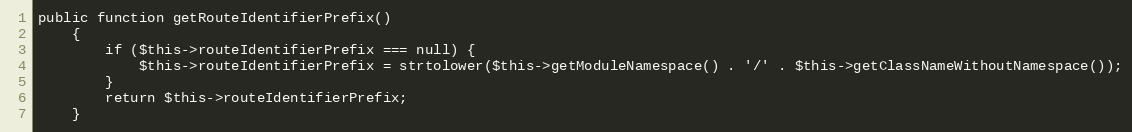
Language: PHP
public function getRouteIdentifierPrefix()
    {
        if ($this->routeIdentifierPrefix === null) {
            $this->routeIdentifierPrefix = strtolower($this->getModuleNamespace() . '/' . $this->getClassNameWithoutNamespace());
        }
        return $this->routeIdentifierPrefix;
    }